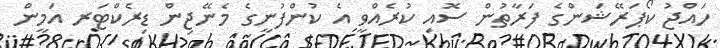
ހައްޖު ކޯޕަރޭޝަންގެ ފަރާތުން ސޮއި ކުރެއްވީ އެ ކުންފުނީގެ މެނޭޖިން ޑިރެކްޓަރ އަމީން